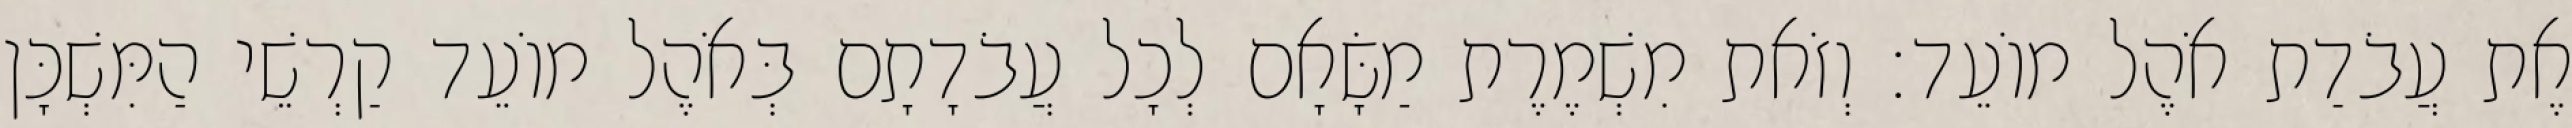
אֶת עֲבֹדַת אֹהֶל מוֹעֵד׃ וְזֹאת מִשְׁמֶרֶת מַשָּׂאָם לְכָל עֲבֹדָתָם בְּאֹהֶל מוֹעֵד קַרְשֵׁי הַמִּשְׁכָּן